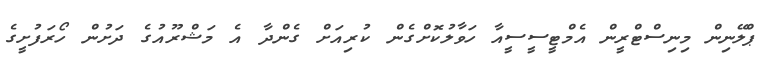
ޕްލޭނިން މިނިސްޓްރީން އެމްޓީސީސީއާ ހަވާލުކޮށްގެން ކުރިއަށް ގެންދާ އެ މަޝްރޫއުގެ ދަށުން ހޯރަފުށީގެ